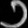
Digit: ၁